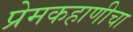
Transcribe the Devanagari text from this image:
प्रेमकहाणीचा